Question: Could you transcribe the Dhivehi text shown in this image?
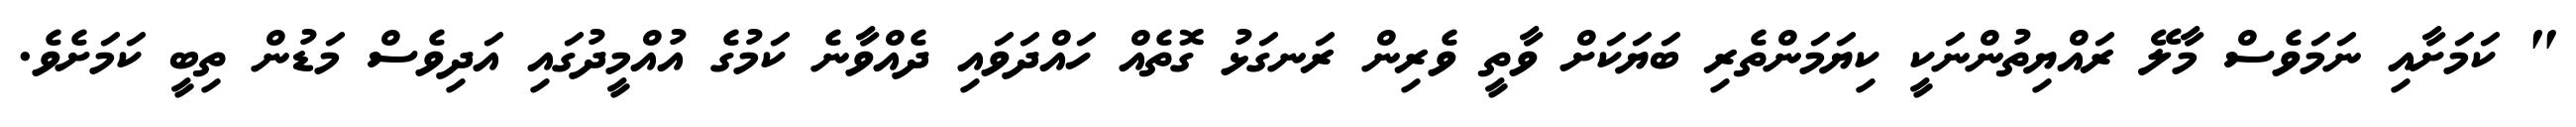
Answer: " ކަމަށާއި ނަމަވެސް މާލޭ ރައްޔިތުންނަކީ ކިޔަމަންތެރި ބަޔަކަށް ވާތީ ވެރިން ރަނގަޅު ގޮތެއް ހައްދަވައި ދެއްވާނެ ކަމުގެ އުއްމީދުގައި އަދިވެސް މަޑުން ތިބީ ކަމަށެވެ.